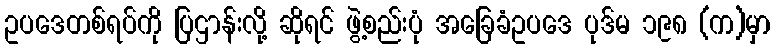
ဥပဒေတစ်ရပ်ကို ပြဌာန်းလို့ ဆိုရင် ဖွဲ့စည်းပုံ အခြေခံဥပဒေ ပုဒ်မ ၁၉၈ (က)မှာ